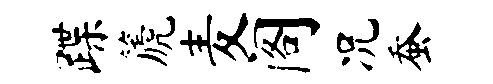
蹀篪麦阁况蚕